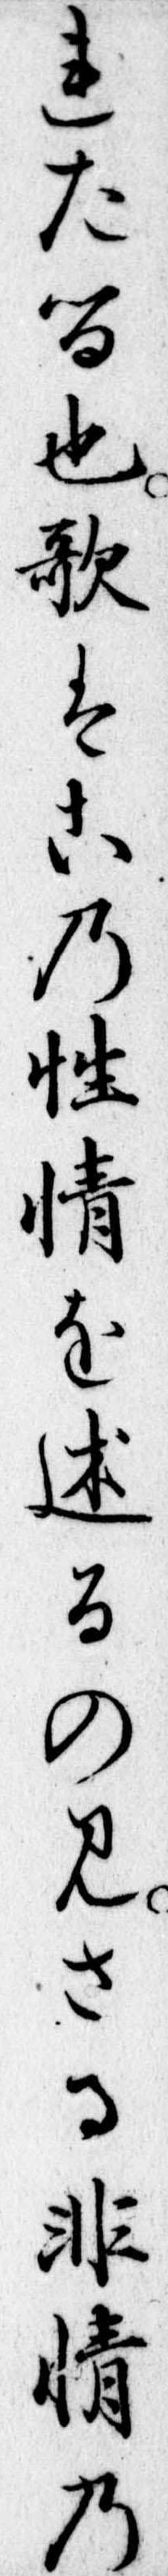
れたる也歌はこの性情を述るのみさる非情の